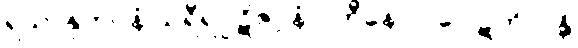
ရသာနုဘဝနံ သရီရပ္ပဋိဇဂ္ဂနံ ပဟီနောဝ ပေါဋကိလန္တိ